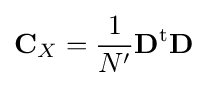
{\textbf {C}}_{X}={\frac {1}{N'}}{\textbf {D}}^{\rm {t}}{\textbf {D}}